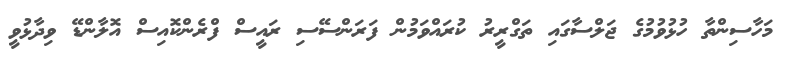
މަހާސިންތާ ހުޅުވުމުގެ ޖަލްސާގައި ތަގްރީރު ކުރައްވަމުން ފަރަންސޭސި ރައީސް ފްރެންކޮއިސް އޮލާންޑޭ ވިދާޅުވީ